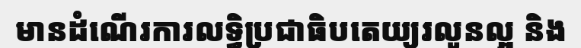
មានដំណើរការលទ្ធិប្រជាធិបតេយ្យរលូនល្អ និង